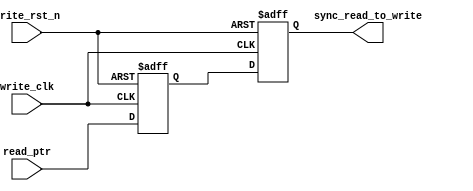
module asyn_fifo_syn_RToW
#(parameter ADDR_WIDTH = 6)
(
    input wire write_clk,
    input wire write_rst_n,
    input wire [ADDR_WIDTH:0] read_ptr,
    output reg [ADDR_WIDTH:0] sync_read_to_write
);
    reg [ADDR_WIDTH:0] dff_reg;

    always @(posedge write_clk or negedge write_rst_n) begin
        if (!write_rst_n) begin
            dff_reg <= 0;
            sync_read_to_write <= 0;
        end
        else begin
            dff_reg <= read_ptr;
            sync_read_to_write <= dff_reg;
        end
    end

endmodule